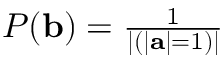
\begin{array} { r } { P ( \mathbf { b } ) = \frac { 1 } { | ( | \mathbf { a } | = 1 ) | } } \end{array}